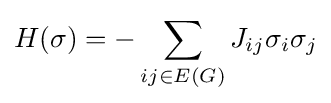
H(\sigma )=-\sum _{ij\in E(G)}J_{ij}\sigma _{i}\sigma _{j}